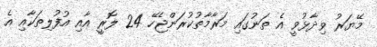
މޭޔަރު ވިދާޅުވީ އެ ތަނުގައި މަރާމާތުކުރަންޖެހޭ 24 ލޮރީ އާއި އުފުލިތަކާއި އެ